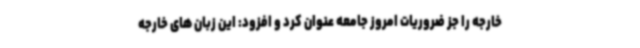
خارجه را جز ضروریات امروز جامعه عنوان کرد و افزود: این زبان های خارجه